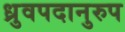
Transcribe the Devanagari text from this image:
ध्रुवपदानुरुप